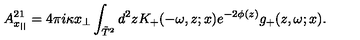
A _ { x _ { | | } } ^ { 2 1 } = 4 \pi i \kappa x _ { \perp } \int _ { \tilde { T } ^ { 2 } } d ^ { 2 } z K _ { + } ( - \omega , z ; x ) e ^ { - 2 \phi ( z ) } g _ { + } ( z , \omega ; x ) .